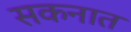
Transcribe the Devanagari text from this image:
सकनात